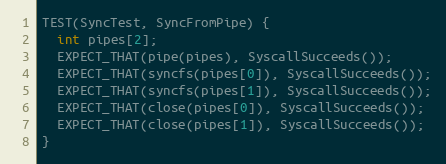
Language: C++
TEST(SyncTest, SyncFromPipe) {
  int pipes[2];
  EXPECT_THAT(pipe(pipes), SyscallSucceeds());
  EXPECT_THAT(syncfs(pipes[0]), SyscallSucceeds());
  EXPECT_THAT(syncfs(pipes[1]), SyscallSucceeds());
  EXPECT_THAT(close(pipes[0]), SyscallSucceeds());
  EXPECT_THAT(close(pipes[1]), SyscallSucceeds());
}